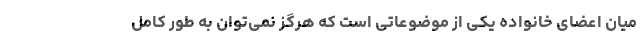
میان اعضای خانواده یکی از موضوعاتی است که هرگز نمی‌توان به طور کامل